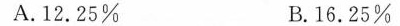
A.12.25% B.16.25%